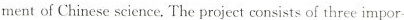
mentof Chinese science. The project consists of three impor-